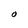
Character: O